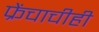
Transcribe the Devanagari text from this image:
फ्रेंचाचीही